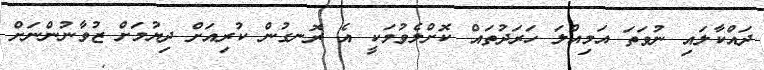
ދައްކާލައި ނުވަތަ އަމިއްލަ ހަރަދުތައް ކޮށްލެވުމަކީ އެ ރޮނގުން ކުރިއަށް ދިޔުމަށް ޒުވާނުންނަށް